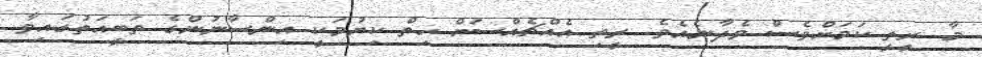
މާ ރީތީ ކަމަށްވެސް ވެދާނެއެވެ. ރީތި އެއްޗެއްސަށް ހިތް ކިޔުމަކީ އިންސާނުންގެ ތަބީއަތުގައިވާ